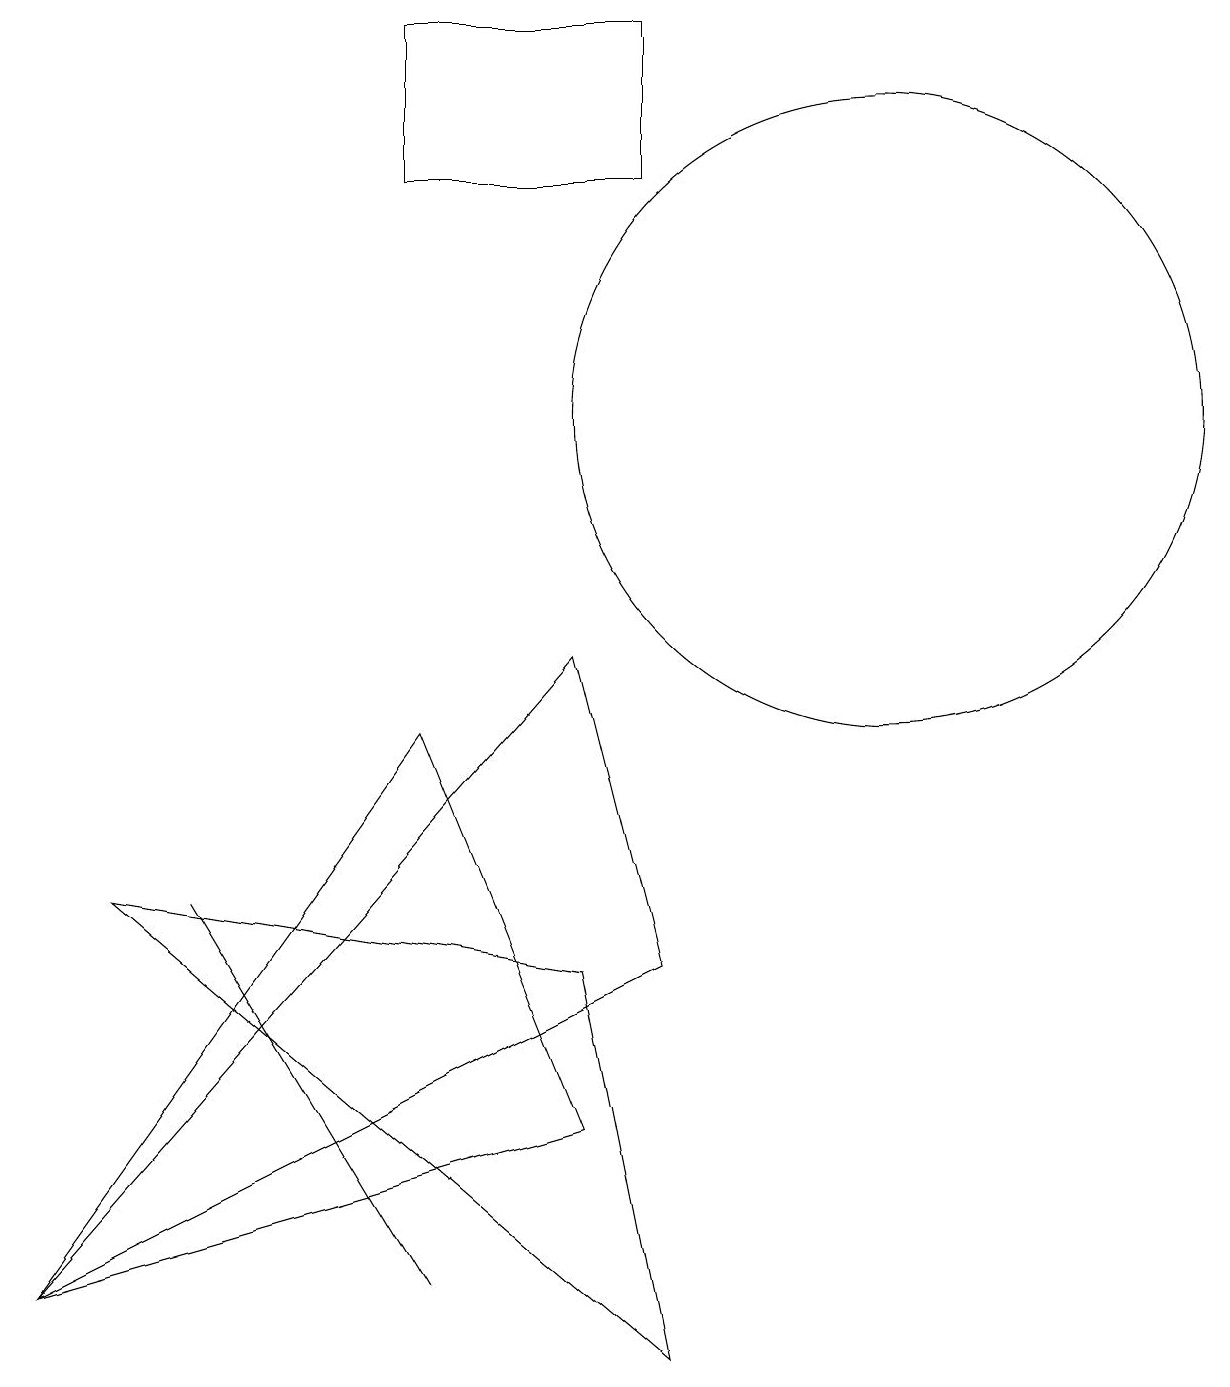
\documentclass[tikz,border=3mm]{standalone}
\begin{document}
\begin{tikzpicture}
\draw (8,3) -- (1,1) -- (6,8) -- cycle;
\draw (8,9) -- (9,5) -- (1,1) -- cycle;
\draw (2,6) -- (9,0) -- (8,5) -- cycle;
\draw (6,1) -- (3,6) -- (6,1) -- cycle;
\draw (12,12) circle (4);
\draw (9,15) rectangle (6,17);
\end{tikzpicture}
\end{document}